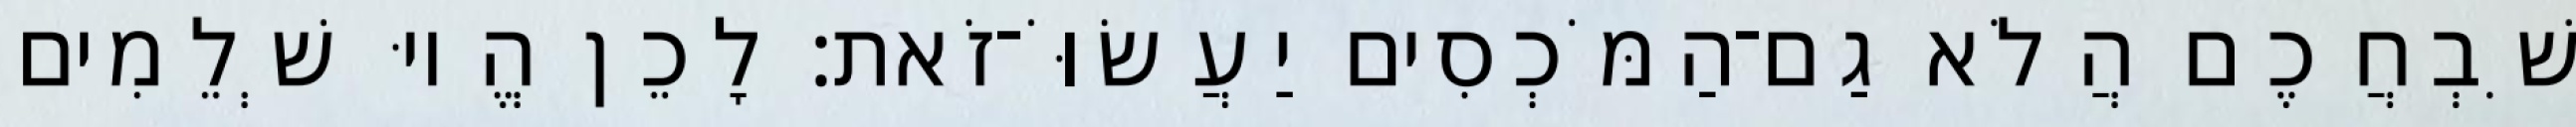
שִׁבְחֲכֶם הֲלֹא גַם־הַמֹּכְסִים יַעֲשׂוֹּ־זֹאת׃ לָכֵן הֱיוּ שְׁלֵמִים